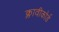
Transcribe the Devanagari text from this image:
क्लावीकोर्ड